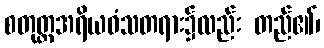
စတုတ္ထအရိယဝံသတရား၌လည်း တည်၏၊